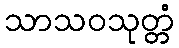
သာသဝသုတ္တံ